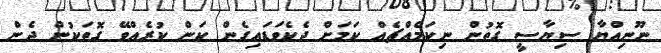
ނޫނިއްޔާ ސިޔާސީ ގޮތުން ނިކަމެއްޗެއް ކަމަށް ދެކެވަޑައިގެން ކަން ކުރެއްވޭ ގޮތަކުން ދެން